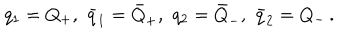
q _ { 1 } = Q _ { + } , \, \, \bar { q } _ { 1 } = \bar { Q } _ { + } , \, \, q _ { 2 } = \bar { Q } _ { - } , \, \, \bar { q } _ { 2 } = Q _ { - } \, .